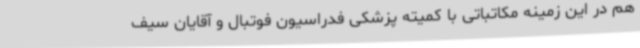
هم در این زمینه مکاتباتی با کمیته پزشکی فدراسیون فوتبال و آقایان سیف